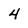
Character: 4